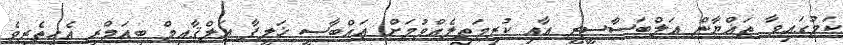
ކަމުގައިވާ ޠަޣްޔާން އަލްބަސާސީރީ އާއި ކުރިމަތިލެއްވުމަށް ޢައްބާސީ ޚަލީފާ އަލްޤާއިމް ބިއަމްރި އެހީތެރިވެ